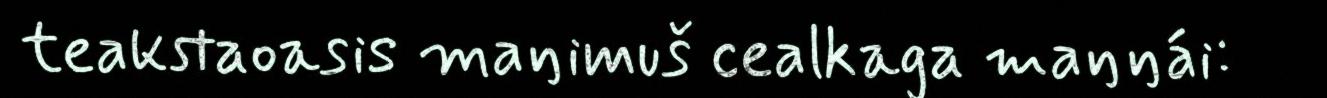
teakstaoasis maŋimuš cealkaga maŋŋái: